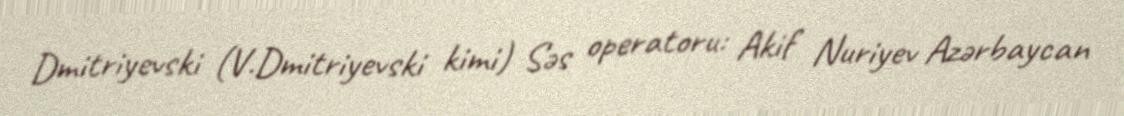
Dmitriyevski (V.Dmitriyevski kimi) Səs operatoru: Akif Nuriyev Azərbaycan